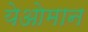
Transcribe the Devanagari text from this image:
येओमान